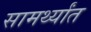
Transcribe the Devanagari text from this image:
सामर्थ्यांत